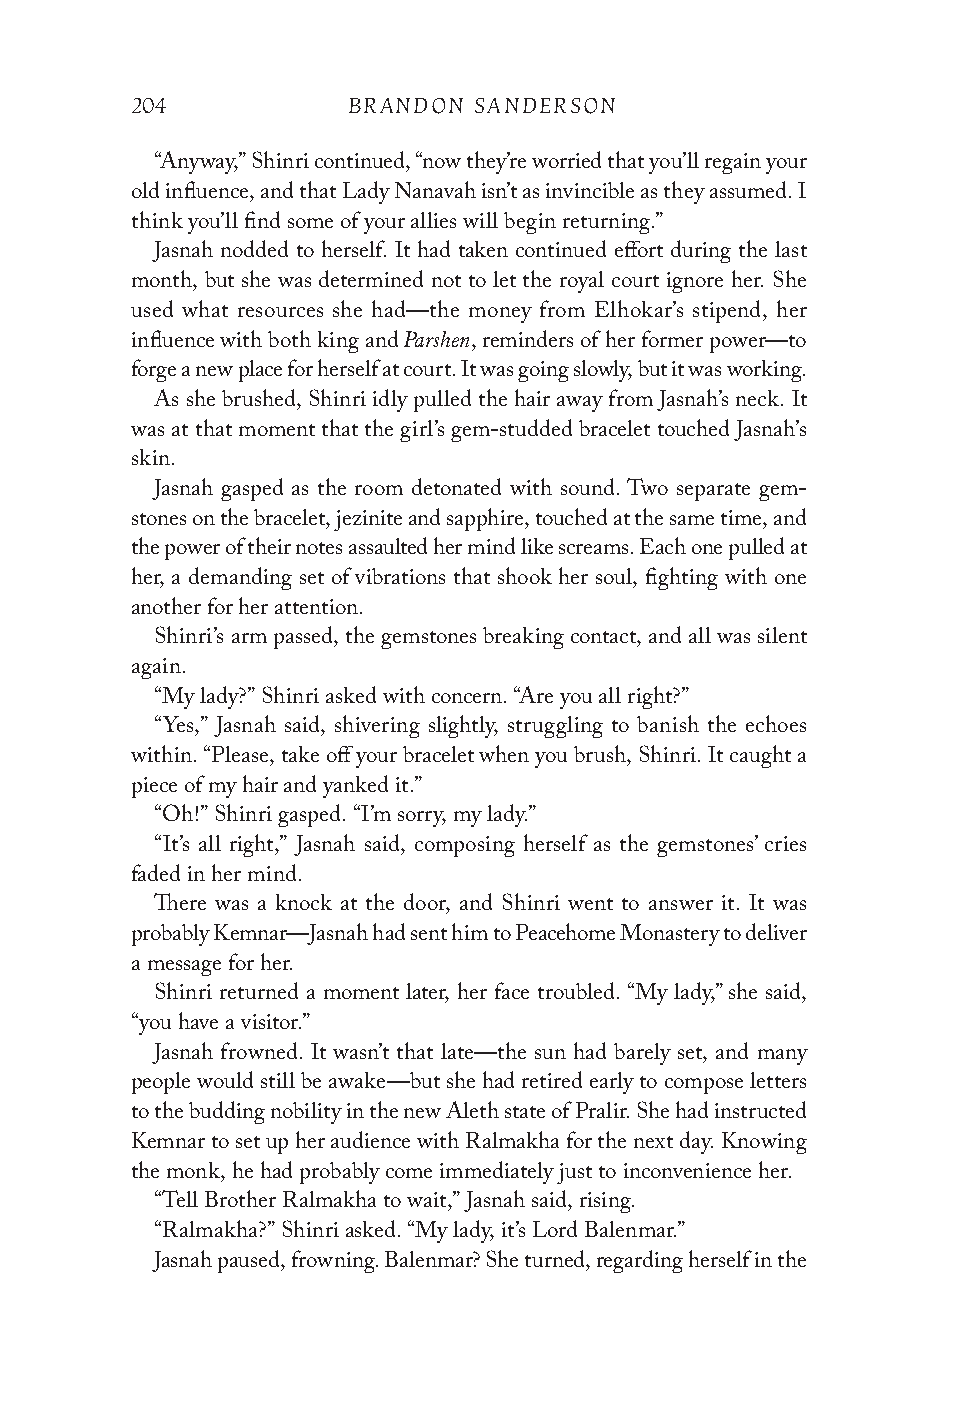
204           BRANDON SANDERSON
 “Anyway,” Shinri continued, “now they’re worried that you’ll regain your
 old influence, and that Lady Nanavah isn’t as invincible as they assumed. I
 think you’ll find some of your allies will begin returning.”
 Jasnah nodded to herself. It had taken continued effort during the last
 month, but she was determined not to let the royal court ignore her. She
 used what resources she had—the money from Elhokar’s stipend, her
 Parshen
 influence with both king and , reminders of her former power—to
 forge a new place for herself at court. It was going slowly, but it was working.
 As she brushed, Shinri idly pulled the hair away from Jasnah’s neck. It
 was at that moment that the girl’s gem-studded bracelet touched Jasnah’s
 skin.
 Jasnah gasped as the room detonated with sound. Two separate gem-
 stones on the bracelet, jezinite and sapphire, touched at the same time, and
 the power of their notes assaulted her mind like screams. Each one pulled at
 her, a demanding set of vibrations that shook her soul, fighting with one
 another for her attention.
 Shinri’s arm passed, the gemstones breaking contact, and all was silent
 again.
 “My lady?” Shinri asked with concern. “Are you all right?”
 “Yes,” Jasnah said, shivering slightly, struggling to banish the echoes
 within. “Please, take off your bracelet when you brush, Shinri. It caught a
 piece of my hair and yanked it.”
 “Oh!” Shinri gasped. “I’m sorry, my lady.”
 “It’s all right,” Jasnah said, composing herself as the gemstones’ cries
 faded in her mind.
 There was a knock at the door, and Shinri went to answer it. It was
 probably Kemnar—Jasnah had sent him to Peacehome Monastery to deliver
 a message for her.
 Shinri returned a moment later, her face troubled. “My lady,” she said,
 “you have a visitor.”
 Jasnah frowned. It wasn’t that late—the sun had barely set, and many
 people would still be awake—but she had retired early to compose letters
 to the budding nobility in the new Aleth state of Pralir. She had instructed
 Kemnar to set up her audience with Ralmakha for the next day. Knowing
 the monk, he had probably come immediately just to inconvenience her.
 “Tell Brother Ralmakha to wait,” Jasnah said, rising.
 “Ralmakha?” Shinri asked. “My lady, it’s Lord Balenmar.”
 Jasnah paused, frowning. Balenmar? She turned, regarding herself in the